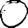
Digit: 0